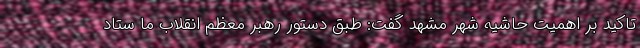
تاکید بر اهمیت حاشیه شهر مشهد گفت: طبق دستور رهبر معظم انقلاب ما ستاد